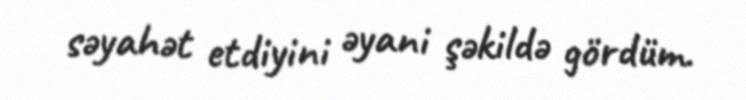
səyahət etdiyini əyani şəkildə gördüm.